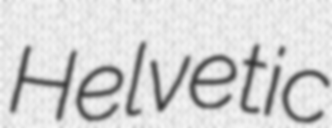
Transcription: Helvetic